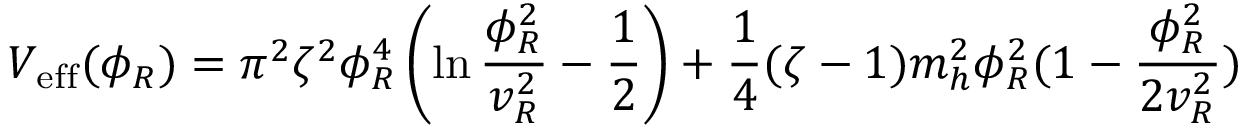
V _ { \mathrm { e f f } } ( \phi _ { R } ) = \pi ^ { 2 } \zeta ^ { 2 } \phi _ { R } ^ { 4 } \left( \ln { \frac { \phi _ { R } ^ { 2 } } { v _ { R } ^ { 2 } } } - { \frac { 1 } { 2 } } \right) + { \frac { 1 } { 4 } } ( \zeta - 1 ) m _ { h } ^ { 2 } \phi _ { R } ^ { 2 } ( 1 - { \frac { \phi _ { R } ^ { 2 } } { 2 v _ { R } ^ { 2 } } } )